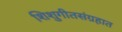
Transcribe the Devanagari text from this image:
शिशुगीतसंग्रहात